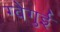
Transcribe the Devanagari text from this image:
ग्वेगुई